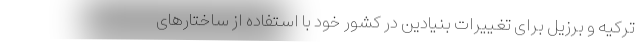
ترکیه و برزیل برای تغییرات بنیادین در کشور خود با استفاده از ساختارهای